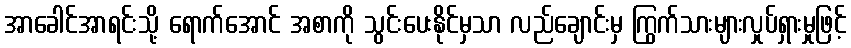
အာခေါင်အာရင်းသို့ ရောက်အောင် အစာကို သွင်းပေးနိုင်မှသာ လည်ချောင်းမှ ကြွက်သားများလှုပ်ရှားမှုဖြင့်